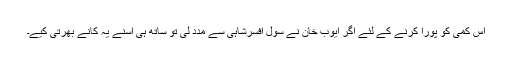
اس کمی کو پورا کرنے کے لئے اگر ایوب خان نے سول افسرشاہی سے مدد لی تو ساتھ ہی اسنے یہ کانے بھرتی کیے۔